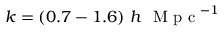
k = ( 0 . 7 - 1 . 6 ) \ h \ \mathrm { ~ M ~ p ~ c ~ } ^ { - 1 }